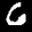
Label: 6